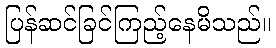
ပြန်ဆင်ခြင်ကြည့်နေမိသည်။